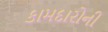
કામદારોની